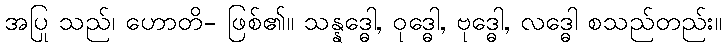
အပြု သည်၊ ဟောတိ- ဖြစ်၏။ သန္နဒ္ဓေါ, ဝုဒ္ဓေါ, ဗုဒ္ဓေါ, လဒ္ဓေါ စသည်တည်း။